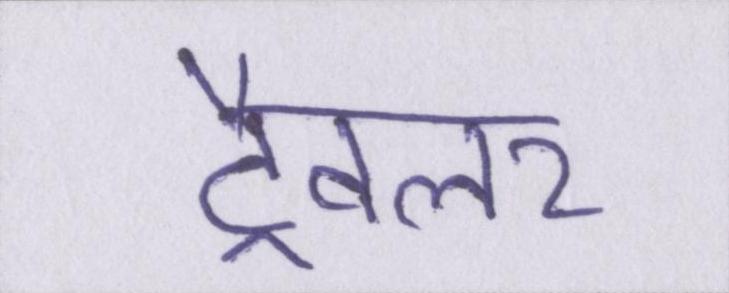
ट्रैवलर